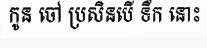
កូន ចៅ ប្រសិនបើ ទឹក នោះ